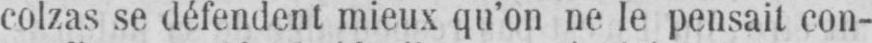
colzas se défendent mieux qu’on ne le pensait con-